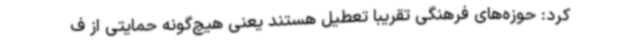
کرد: حوزه‌های فرهنگی تقریبا تعطیل هستند یعنی هیچ‌گونه حمایتی از ف